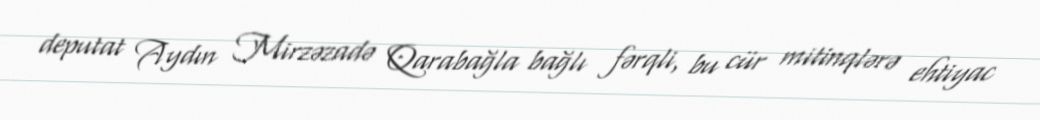
deputat Aydın Mirzəzadə Qarabağla bağlı fərqli, bu cür mitinqlərə ehtiyac